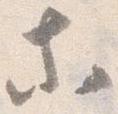
等